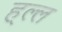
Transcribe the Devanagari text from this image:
ह्ल्ल